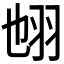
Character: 𦐁